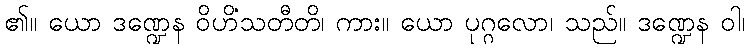
၏။ ယော ဒဏ္ဍေန ဝိဟိံသတီတိ၊ ကား။ ယော ပုဂ္ဂလော၊ သည်။ ဒဏ္ဍေန ဝါ၊